Annual administration report of the Civil Veterinary Department of India - 1898-1899
Year: 1898
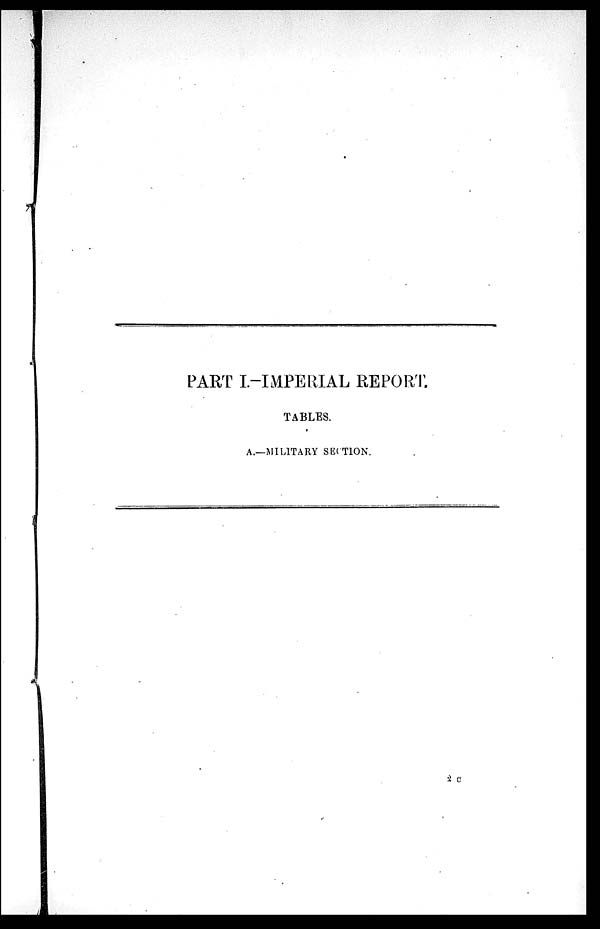
PART I.-IMPERIAL REPORT.
TABLES.
A.—MILITARY SECTION.
2 C